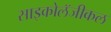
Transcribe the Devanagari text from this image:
साइकोलॅजीकल